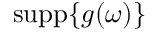
\operatorname { s u p p } \{ g ( \omega ) \}